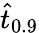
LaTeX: \hat{t}_{0.9}